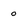
Character: 0